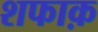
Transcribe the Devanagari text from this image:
शफाक़